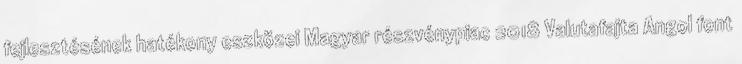
fejlesztésének hatékony eszközei Magyar részvénypiac 2018 Valutafajta Angol font